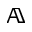
\mathbb { A }